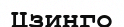
Цзинго